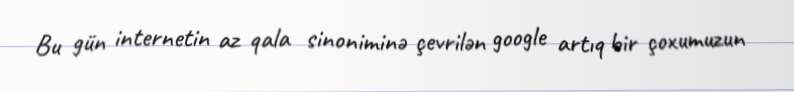
Bu gün internetin az qala sinoniminə çevrilən google artıq bir çoxumuzun